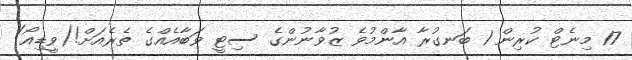
17 މިނެޓް ކުރިން 1 ބަނގުރާ އާންމުވެ ޒުވާނުންގެ ސިޓީ ވަބާއެއްގެ ތެރެއަށް!(ވީޑިއޯ)